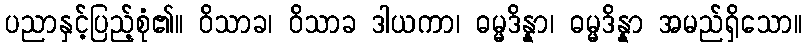
ပညာနှင့်ပြည့်စုံ၏။ ဝိသာခ၊ ဝိသာခ ဒါယကာ၊ ဓမ္မဒိန္နာ၊ ဓမ္မဒိန္နာ အမည်ရှိသော။